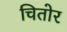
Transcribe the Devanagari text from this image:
चितोर